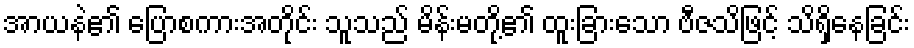
အာယနဲ၏ ပြောစကားအတိုင်း သူသည် မိန်းမတို့၏ ထူးခြားသော ဗီဇသိဖြင့် သိရှိနေခြင်း